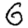
Digit: 6